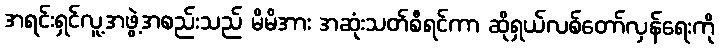
အရင်းရှင်လူ့အဖွဲ့အစည်းသည် မိမိအား အဆုံးသတ်စီရင်ကာ ဆိုရှယ်လစ်တော်လှန်ရေးကို